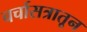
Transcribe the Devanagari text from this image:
चर्चासत्रातून